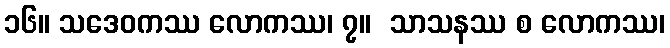
၁၆။ သဒေဝကဿ လောကဿ၊ ၇။  သာသနဿ စ လောကဿ၊